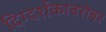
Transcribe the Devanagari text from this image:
दिग्दर्शकाबरोबर